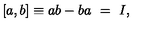
[ a , b ] \equiv a b - b a \ = \ I ,